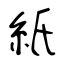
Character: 紙